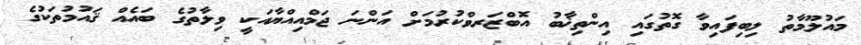
މައުލޫމާތު ލިބިފައިވާ ގޮތުގައި އިންތިޚާބު އޮބްޒަރވްކުރުމަށް އަންނަ ޖަމްއިއްޔާއަކީ ވިލާތުގެ ބައެއް ޤައުމުތަކުގެ